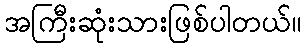
အကြီးဆုံးသားဖြစ်ပါတယ်။